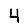
Digit: 4